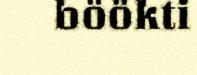
böökti